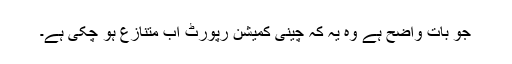
جو بات واضح ہے وہ یہ کہ چینی کمیشن رپورٹ اب متنازع ہو چکی ہے۔